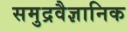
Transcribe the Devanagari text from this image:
समुद्रवैज्ञानिक